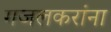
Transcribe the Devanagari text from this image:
गजलकरांना